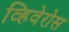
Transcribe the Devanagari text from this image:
व्हिवेरोस